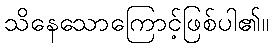
သိနေသောကြောင့်ဖြစ်ပါ၏။